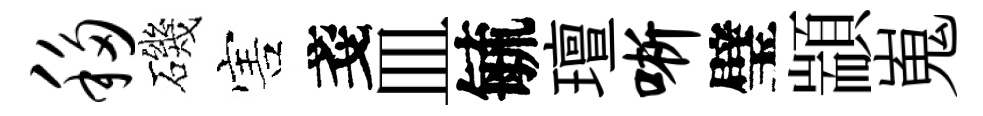
移磯害戔皿毓璮晰璧顓嵬